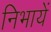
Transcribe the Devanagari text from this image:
निभायें